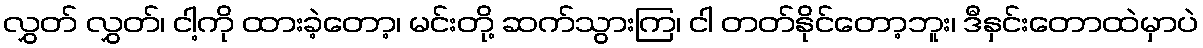
လွှတ် လွှတ်၊ ငါ့ကို ထားခဲ့တော့၊ မင်းတို့ ဆက်သွားကြ၊ ငါ တတ်နိုင်တော့ဘူး၊ ဒီနှင်းတောထဲမှာပဲ